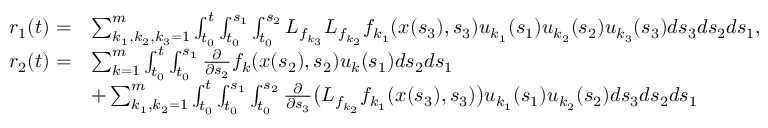
\begin{array} { r l } { r _ { 1 } ( t ) = } & { \sum _ { k _ { 1 } , k _ { 2 } , k _ { 3 } = 1 } ^ { m } \int _ { t _ { 0 } } ^ { t } \int _ { t _ { 0 } } ^ { s _ { 1 } } \int _ { t _ { 0 } } ^ { s _ { 2 } } L _ { f _ { k _ { 3 } } } L _ { f _ { k _ { 2 } } } f _ { k _ { 1 } } ( x ( s _ { 3 } ) , s _ { 3 } ) u _ { k _ { 1 } } ( s _ { 1 } ) u _ { k _ { 2 } } ( s _ { 2 } ) u _ { k _ { 3 } } ( s _ { 3 } ) d s _ { 3 } d s _ { 2 } d s _ { 1 } , } \\ { r _ { 2 } ( t ) = } & { \sum _ { k = 1 } ^ { m } \int _ { t _ { 0 } } ^ { t } \int _ { t _ { 0 } } ^ { s _ { 1 } } \frac { \partial } { \partial s _ { 2 } } f _ { k } ( x ( s _ { 2 } ) , s _ { 2 } ) u _ { k } ( s _ { 1 } ) d s _ { 2 } d s _ { 1 } } \\ & { + \sum _ { k _ { 1 } , k _ { 2 } = 1 } ^ { m } \int _ { t _ { 0 } } ^ { t } \int _ { t _ { 0 } } ^ { s _ { 1 } } \int _ { t _ { 0 } } ^ { s _ { 2 } } \frac { \partial } { \partial s _ { 3 } } \big ( L _ { f _ { k _ { 2 } } } f _ { k _ { 1 } } ( x ( s _ { 3 } ) , s _ { 3 } ) \big ) u _ { k _ { 1 } } ( s _ { 1 } ) u _ { k _ { 2 } } ( s _ { 2 } ) d s _ { 3 } d s _ { 2 } d s _ { 1 } } \end{array}